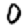
Digit: 0